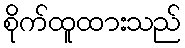
စိုက်ထူထားသည်